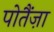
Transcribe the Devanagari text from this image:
पोतैंज़ा